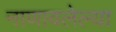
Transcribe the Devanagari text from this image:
नाणावलेल्या